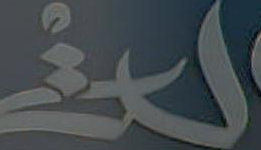
لن